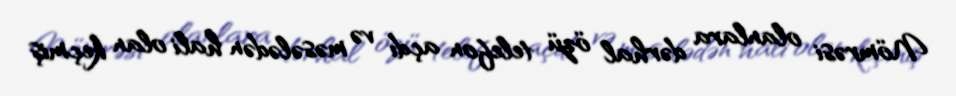
Nömrəsi olanlara dərhal özü telefon açdı və məsələdən hali olan keçmiş